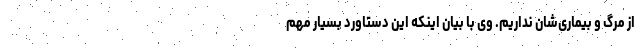
از مرگ و بیماری‌شان نداریم. وی با بیان اینکه این دستاورد بسیار مهم